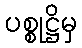
ပစ္စုဋ္ဌိမှ